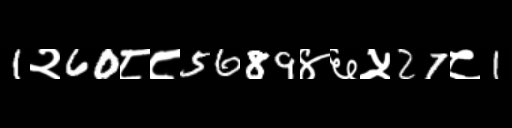
Text: 1२60८८5689४६५27८1